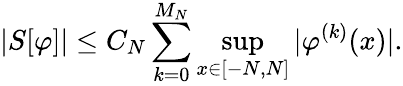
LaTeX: |S[\varphi]|\leq C_{N}\sum_{k=0}^{M_{N}}\operatorname*{sup}_{x\in[-N,N]}|\varphi^{(k)}(x)|.